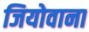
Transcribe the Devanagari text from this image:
जियोवाना